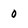
Character: 0